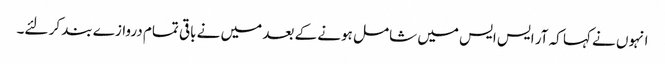
انہوں نے کہا کہ آر ایس ایس میں شامل ہونے کے بعد میں نے باقی تمام دروازے بند کر لئے۔